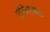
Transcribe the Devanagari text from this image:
एलिसाबेट